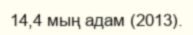
14,4 мың адам (2013).